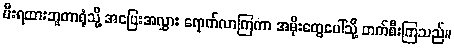
မီးရထားဘူတာရုံသို့ အပြေးအလွှား ရောက်လာကြကာ အမိုးတွေပေါ်သို့ တက်စီးကြသည်။